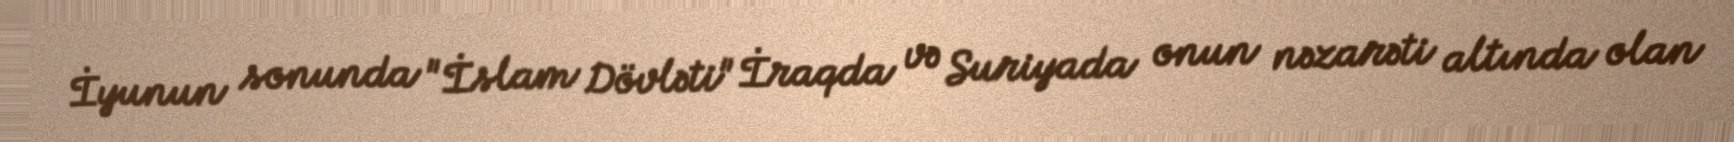
İyunun sonunda "İslam Dövləti" İraqda və Suriyada onun nəzarəti altında olan